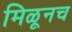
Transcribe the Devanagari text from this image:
मिळूनच